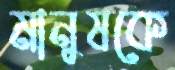
মানুষকে